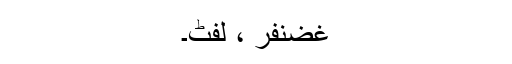
غضنفر ، لفٹ۔